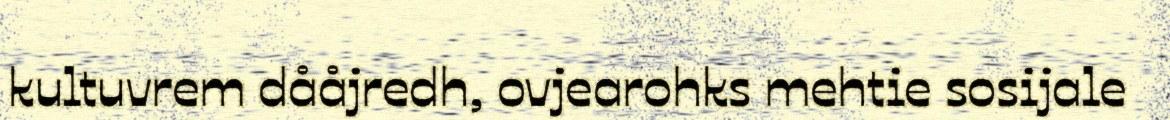
kultuvrem dååjredh, ovjearohks mehtie sosijale